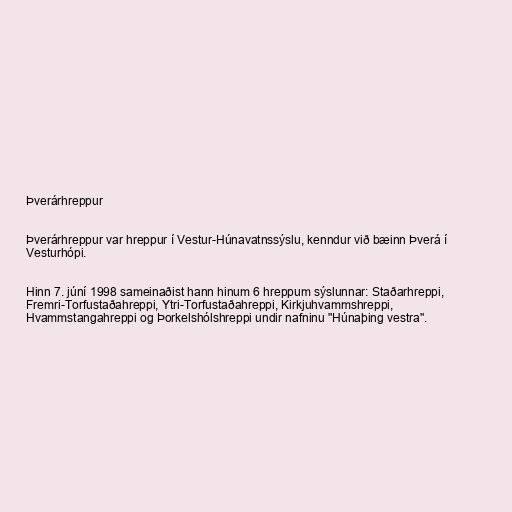
Þverárhreppur

Þverárhreppur var hreppur í Vestur-Húnavatnssýslu, kenndur við bæinn Þverá í
Vesturhópi.

Hinn 7. júní 1998 sameinaðist hann hinum 6 hreppum sýslunnar: Staðarhreppi,
Fremri-Torfustaðahreppi, Ytri-Torfustaðahreppi, Kirkjuhvammshreppi,
Hvammstangahreppi og Þorkelshólshreppi undir nafninu "Húnaþing vestra".